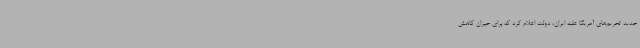
جدید تحریم‌های آمریکا علیه ایران، دولت اعلام کرد که برای جبران کاهش